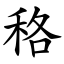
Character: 䅂